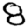
Digit: 8